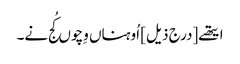
ایتھے [درج ذیل] اُوہناں وِچوں کُج نے۔